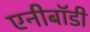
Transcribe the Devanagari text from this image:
एनीबॉडी